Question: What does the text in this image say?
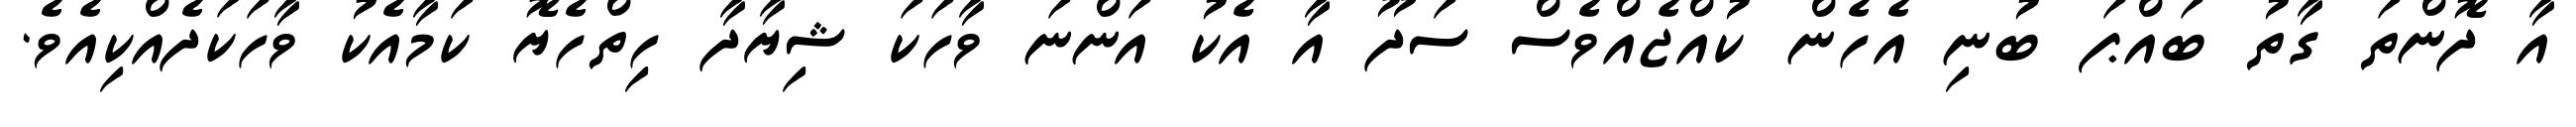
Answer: އާ ދޮންތަ ގާތު ބައްޕަ ބުނި އެހެން ކުއްޖެއްވެސް ސަދޫ އާ އެކު އަންނަ ވާހަކަ ޝިޔާދާ ހިތްހެޔޮ ކަމާއެކު ވާހަކަދެއްކިއެވެ.